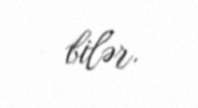
bilər.